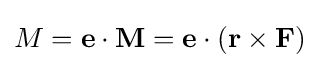
M=\mathbf {e} \cdot \mathbf {M} =\mathbf {e} \cdot (\mathbf {r} \times \mathbf {F} )